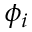
\phi _ { i }